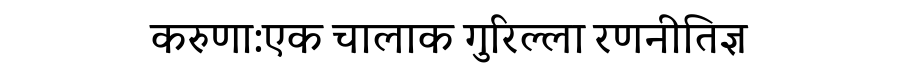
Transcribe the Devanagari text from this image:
करुणा:एक चालाक गुरिल्ला रणनीतिज्ञ